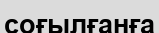
соғылғанға